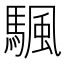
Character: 颿